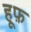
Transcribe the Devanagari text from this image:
हूफ़